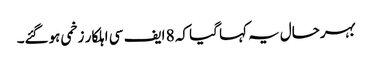
بہرحال یہ کہا گیا کہ 8 ایف سی اہلکار زخمی ہوگئے۔